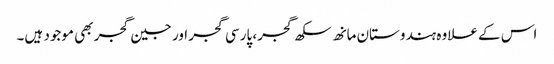
اس کے علاوہ ہندوستان مانھ سکھ گجر، پارسی گجر اور جین گجر بھی موجود ہیں۔